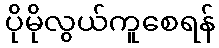
ပိုမိုလွယ်ကူစေရန်